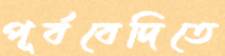
পূর্ববেদিতে